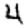
Digit: 4